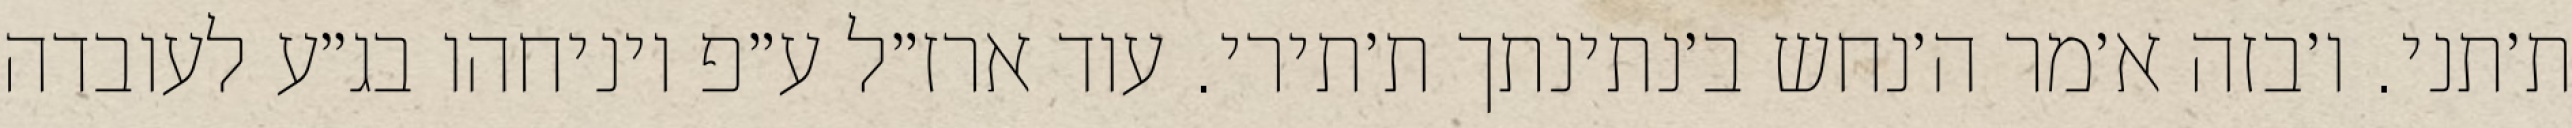
ת׳תני. ו׳בזה א׳מר ה׳נחש ב׳נתינתך ת׳תירי. עוד ארז״ל ע״פ ויניחהו בג״ע לעובדה